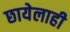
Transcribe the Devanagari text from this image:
छायेलाही